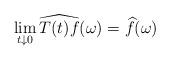
LaTeX: \begin{align*}\lim_{t \downarrow 0} \widehat{T(t)f}(\omega) = \widehat{f}(\omega)\end{align*}